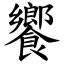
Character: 饗